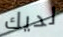
لديك